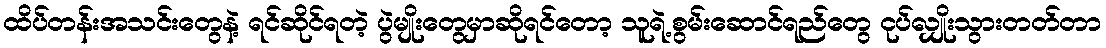
ထိပ်တန်းအသင်းတွေနဲ့ ရင်ဆိုင်ရတဲ့ ပွဲမျိုးတွေမှာဆိုရင်တော့ သူရဲ့စွမ်းဆောင်ရည်တွေ ငုပ်လျှိုးသွားတတ်တာ